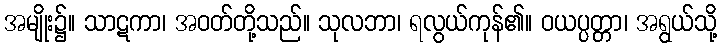
အမျိုး၌။ သာဋကာ၊ အဝတ်တို့သည်။ သုလဘာ၊ ရလွယ်ကုန်၏။ ဝယပ္ပတ္တာ၊ အရွယ်သို့